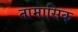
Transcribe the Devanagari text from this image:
तामासिक